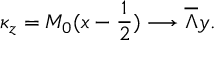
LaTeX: \kappa _ { z } = M _ { 0 } ( x - { \frac { 1 } { 2 } } ) \longrightarrow \overline { { { \Lambda } } } y .